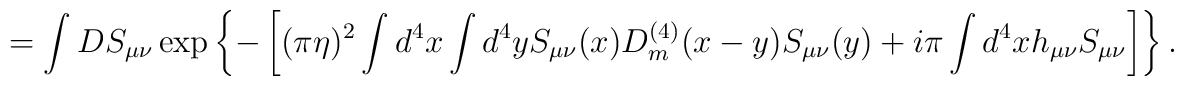
=\int DS_{\mu\nu}\exp\left\{-\left[(\pi\eta)^2\int d^4x\int d^4y S_{\mu\nu}(x)D_m^{(4)}(x-y)S_{\mu\nu}(y)+i\pi\int d^4x h_{\mu\nu}S_{\mu\nu}\right]\right\}.